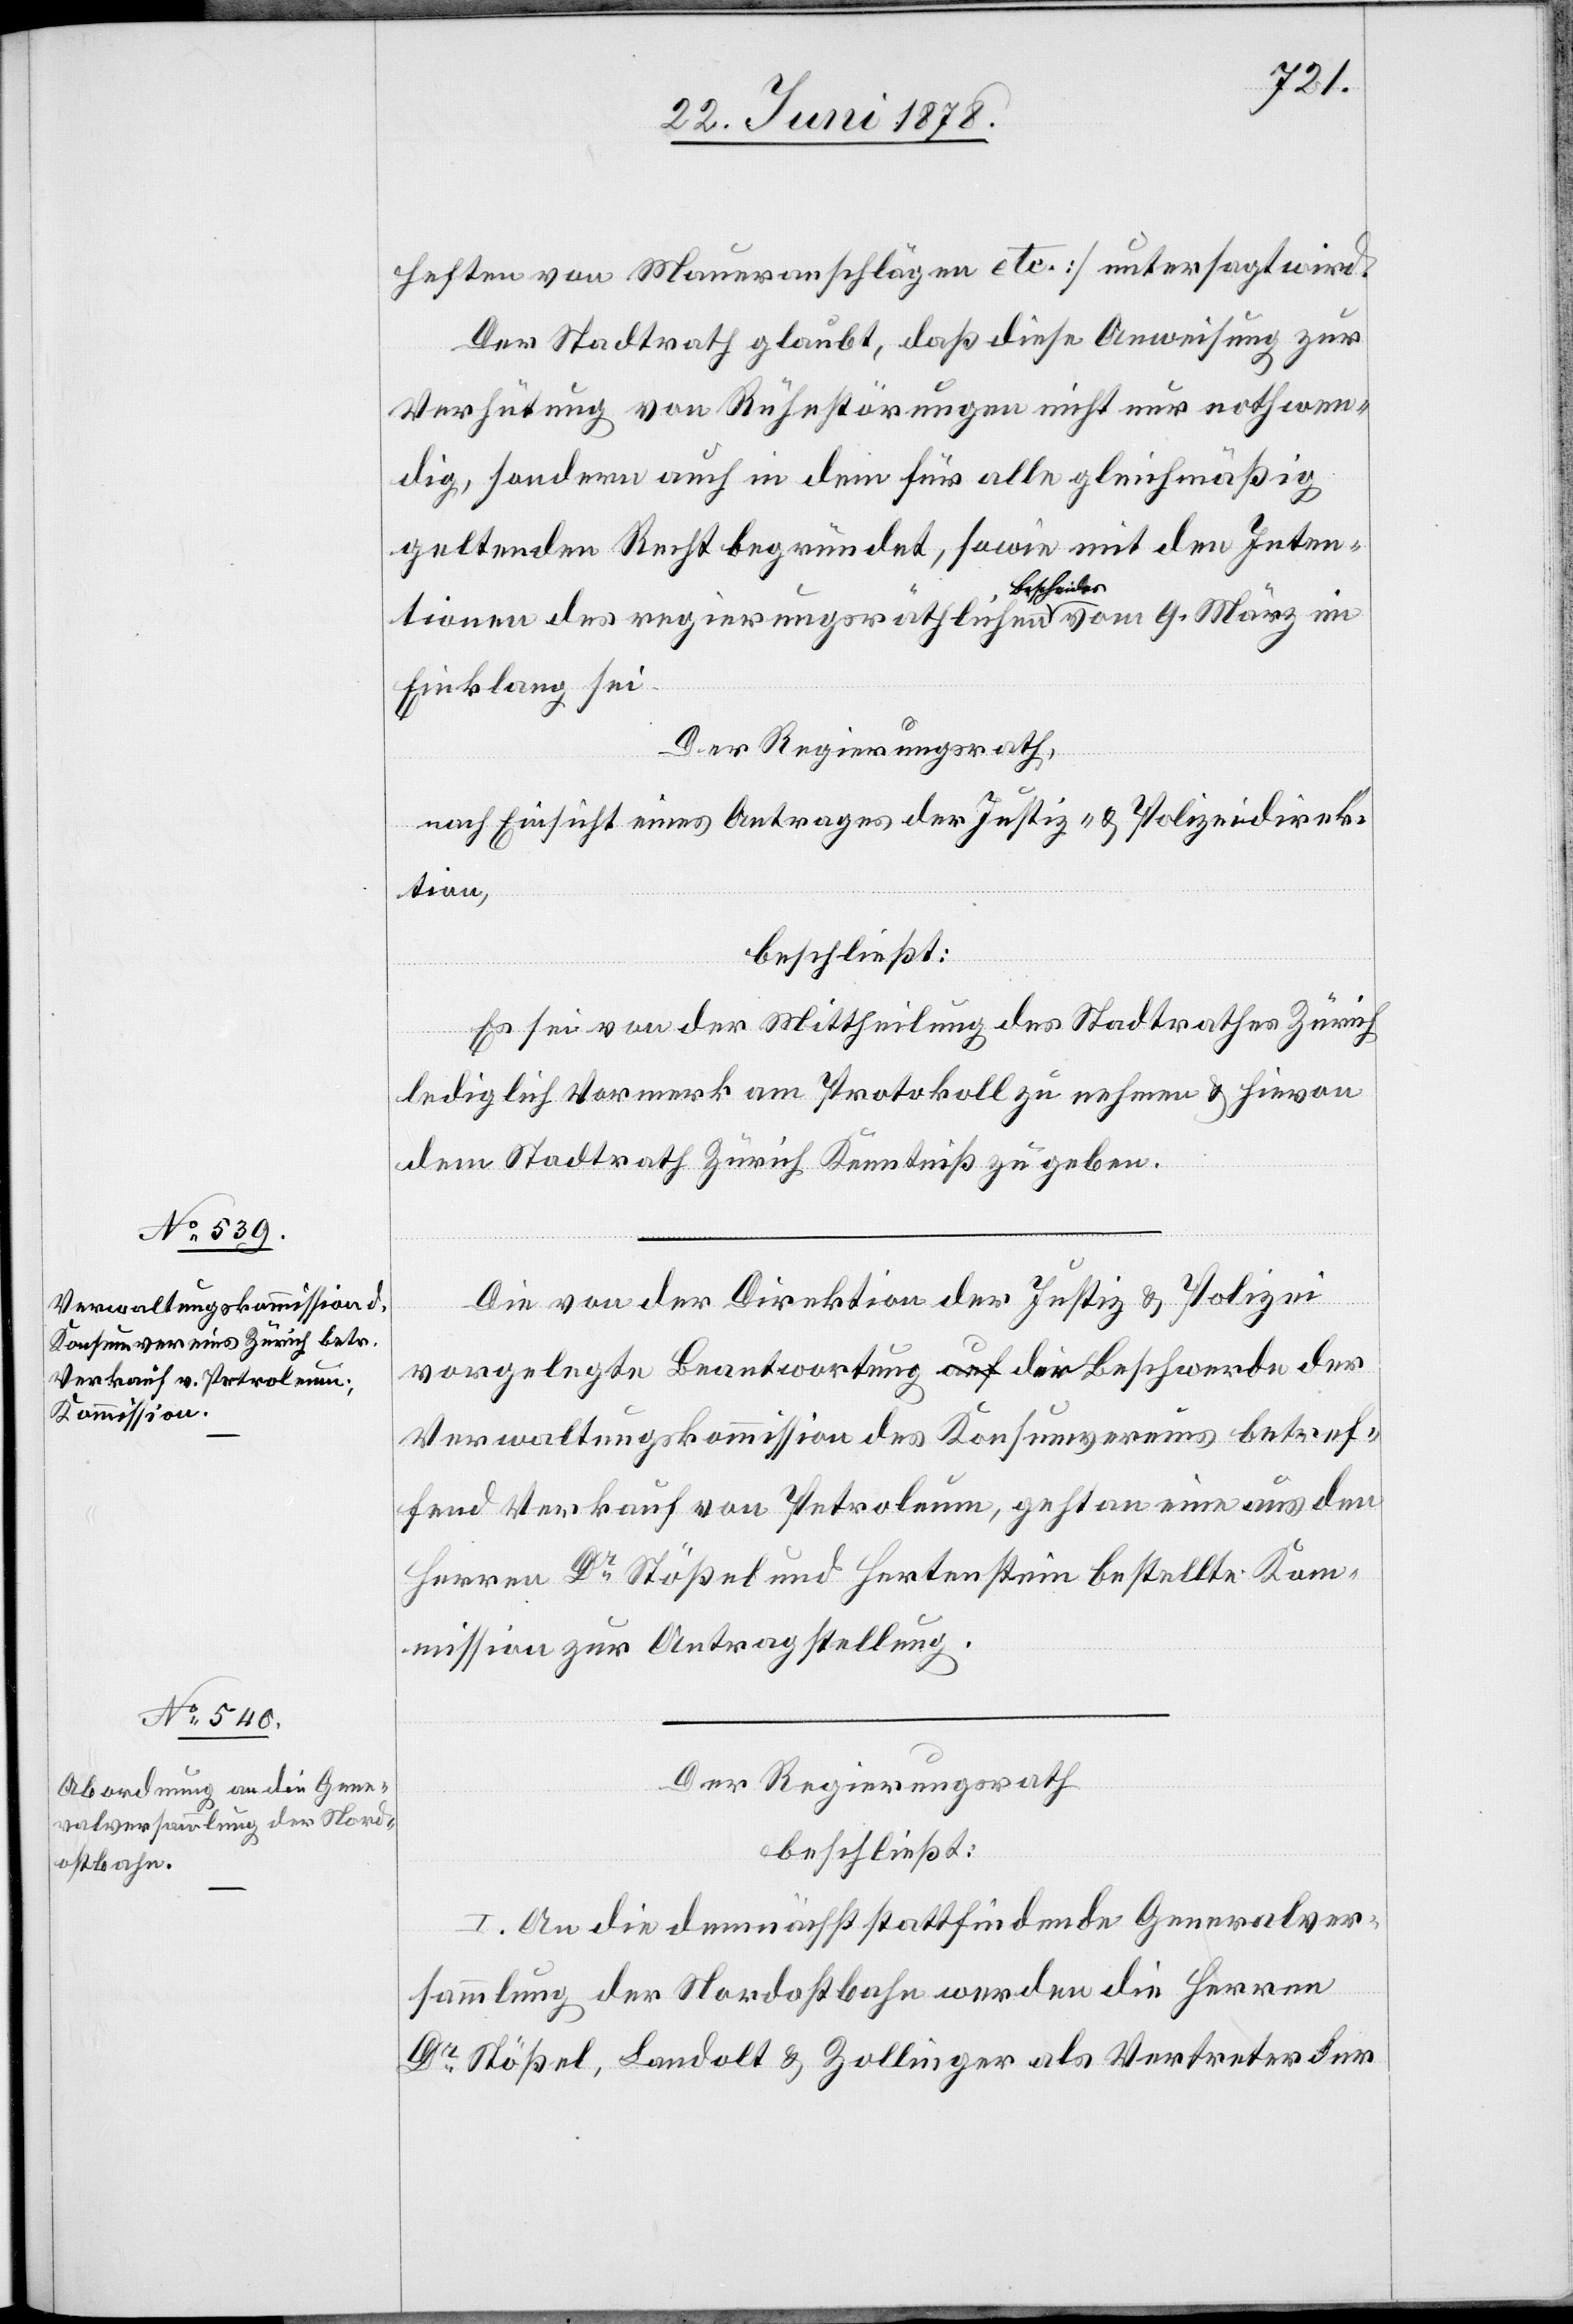
heften von Maueranschlägen etc.] untersagt wird.
Der Stadtrath glaubt, daß diese Anweisung zur
Verhütung von Ruhestörungen nicht nur nothwen¬
dig, sondern auch in dem für alle gleichmäßig
geltenden Recht begründet, sowie mit den Inten¬
tionen des regierungsräthlichen Bescheides vom 9. März in
Einklang sei.
Der Regierungsrath,
nach Einsicht eines Antrages der Justiz- & Polizeidirek¬
tion,
beschließt:
Es sei von der Mittheilung des Stadtrathes Zürich
lediglich Vormerk am Protokoll zu nehmen & hievon
dem Stadtrath Zürich Kenntniß zu geben.
Die von der Direktion der Justiz & Polizei
vorgelegte Beantwortung der Beschwerde der
Verwaltungskommission des Konsumvereins betref¬
fend Verkauf von Petroleum, geht an eine aus den
Herren Dr Stößel und Hertenstein bestellte Kom¬
mission zur Antragstellung.
Der Regierungsrath
beschließt:
I. An die demnächst stattfindende Generalver¬
sammlung der Nordostbahn werden die Herren
Dr Stößel, Landolt & Zollinger als Vertreter der